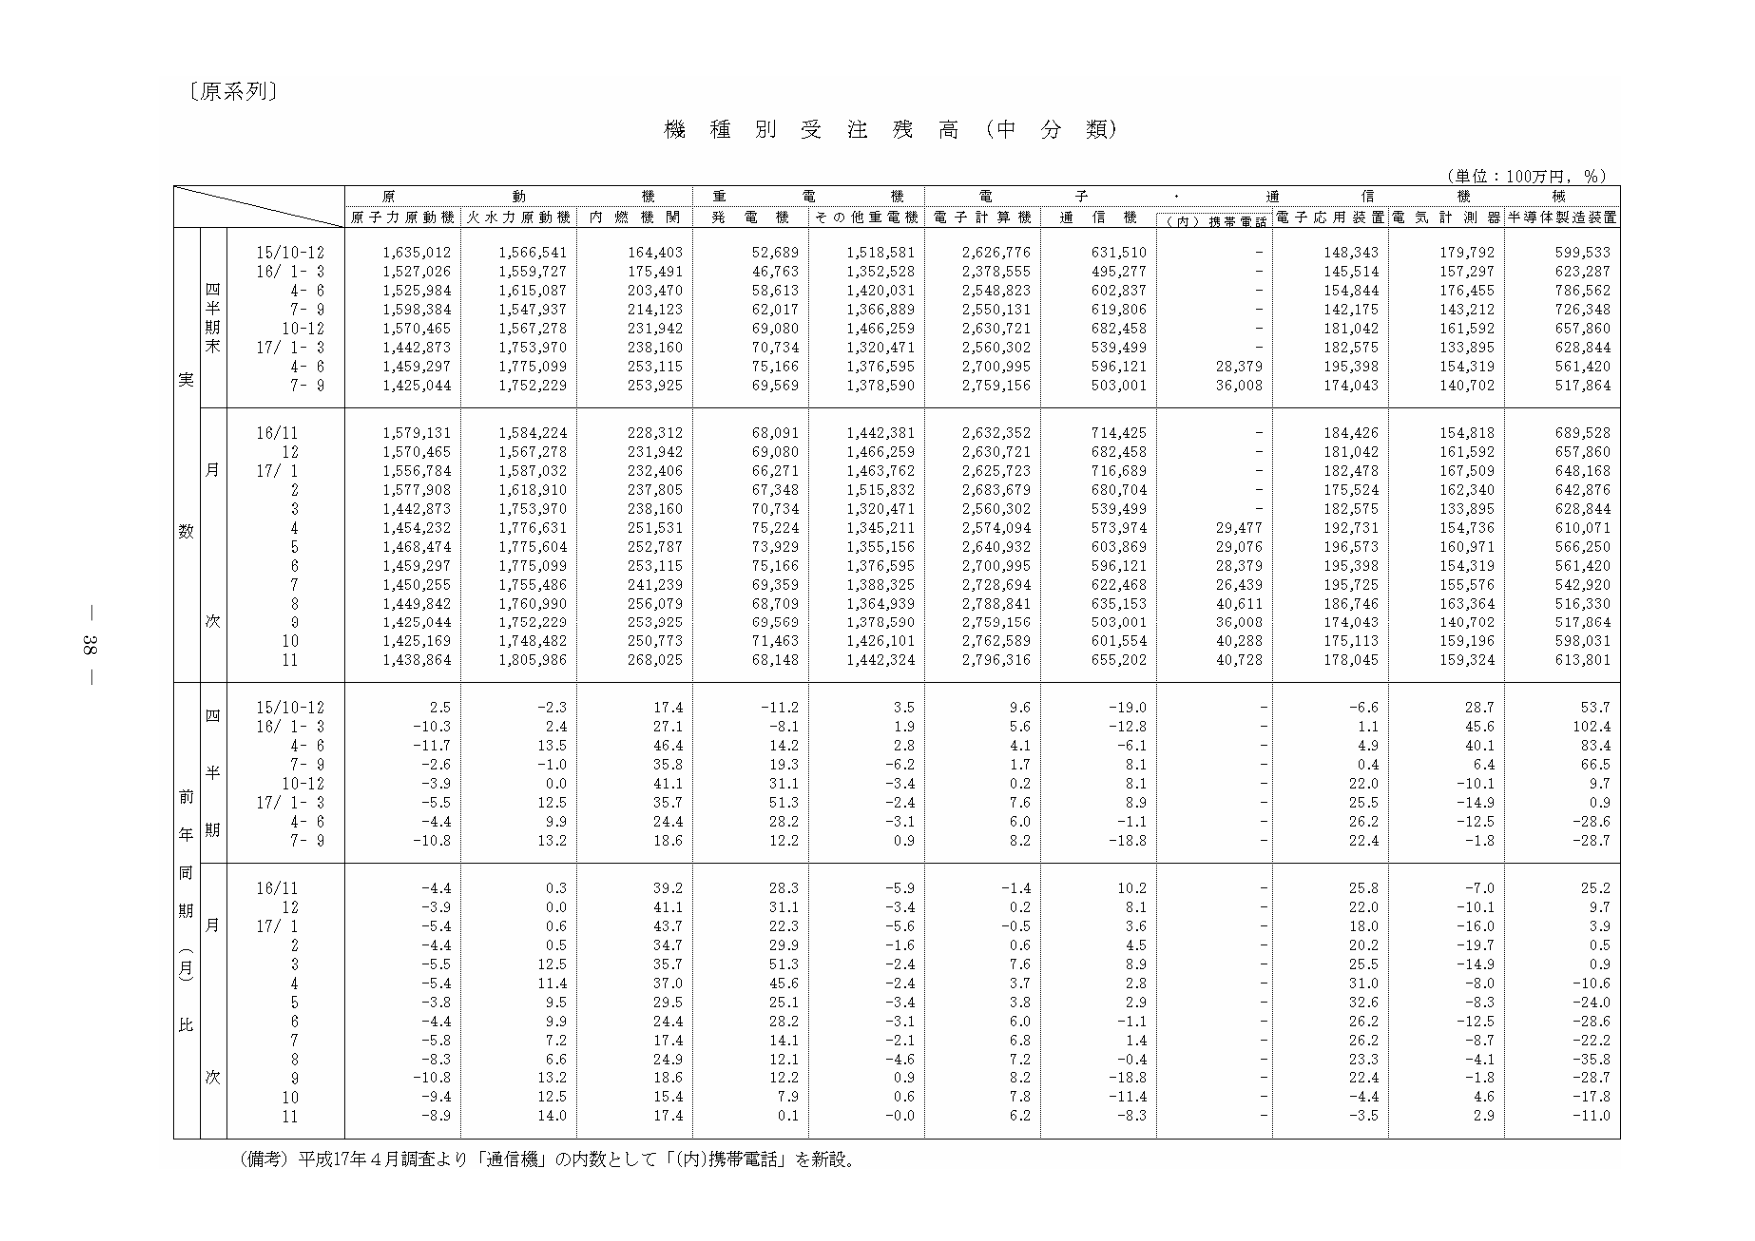
〔原系列〕

機種別受注残高（中分類）

（単位：100万円，％）

原動機　重電機　電子　通信機　機械
原子力原動機　火力力原動機　内燃機関　残電機　その他重電機　電子計算機　通信機　（内）携帯電話　電子応用装置　電気計測器　半導体製造装置

四半期末
実数
15/10-12　1,635,012　1,566,541　164,403　52,689　1,518,581　2,626,776　631,510　-　148,343　179,792　599,533
16/ 1- 3　1,527,026　1,559,727　175,491　46,763　1,352,528　2,378,555　495,277　-　145,514　157,297　623,287
　4- 6　1,525,984　1,615,087　203,470　58,613　1,420,031　2,548,823　602,837　-　154,844　176,455　786,562
　7- 9　1,598,384　1,547,937　214,123　62,017　1,366,889　2,550,131　619,806　-　142,175　143,212　726,348
　10-12　1,570,465　1,567,278　231,942　69,080　1,466,259　2,630,721　682,458　-　181,042　161,592　657,860
17/ 1- 3　1,442,873　1,753,970　238,160　70,734　1,320,471　2,560,302　539,499　-　182,575　133,895　628,844
　4- 6　1,459,297　1,775,099　253,115　75,166　1,376,595　2,700,995　596,121　28,379　195,398　154,319　561,420
　7- 9　1,425,044　1,752,229　253,925　69,569　1,378,590　2,759,156　503,001　36,008　174,043　140,702　517,864

月次
16/11　1,579,131　1,584,224　228,312　68,091　1,442,381　2,632,352　714,425　-　184,426　154,818　689,528
　12　1,570,465　1,567,278　231,942　69,080　1,466,259　2,630,721　682,458　-　181,042　161,592　657,860
17/ 1　1,556,784　1,587,032　232,406　66,271　1,463,762　2,625,723　716,689　-　182,478　167,509　648,168
　2　1,577,908　1,618,910　237,805　67,348　1,515,832　2,683,679　680,704　-　175,524　162,340　642,876
　3　1,442,873　1,753,970　238,160　70,734　1,320,471　2,560,302　539,499　-　182,575　133,895　628,844
　4　1,454,232　1,776,631　251,531　75,224　1,345,211　2,574,094　573,974　29,477　192,731　154,736　610,071
　5　1,468,474　1,775,604　252,787　73,929　1,355,156　2,640,932　603,869　29,076　196,573　160,971　566,250
　6　1,459,297　1,775,099　253,115　75,166　1,376,595　2,700,995　596,121　28,379　195,398　154,319　561,420
　7　1,450,255　1,755,486　241,239　69,359　1,388,325　2,728,694　622,468　26,439　195,725　155,576　542,920
　8　1,449,842　1,760,990　256,079　68,709　1,364,939　2,788,841　635,153　40,611　186,746　163,364　516,330
　9　1,425,044　1,752,229　253,925　69,569　1,378,590　2,759,156　503,001　36,008　174,043　140,702　517,864
　10　1,425,169　1,748,482　250,773　71,463　1,426,101　2,762,589　601,554　40,288　175,113　159,196　598,031
　11　1,438,864　1,805,986　268,025　68,148　1,442,324　2,796,316　655,202　40,728　178,045　159,324　613,801

四半期前年同期比（％）
15/10-12　2.5　-2.3　17.4　-11.2　3.5　9.6　-19.0　-　-6.6　28.7　53.7
16/ 1- 3　-10.3　2.4　27.1　-8.1　1.9　5.6　-12.8　-　1.1　45.6　102.4
　4- 6　-11.7　13.5　46.4　14.2　2.8　4.1　-6.1　-　4.9　40.1　83.4
　7- 9　-2.6　-1.0　35.8　19.3　-6.2　1.7　8.1　-　0.4　6.4　66.5
　10-12　-3.9　0.0　41.1　31.1　-3.4　0.2　8.1　-　22.0　-10.1　9.7
17/ 1- 3　-5.5　12.5　35.7　51.3　-2.4　7.6　8.9　-　25.5　-14.9　0.9
　4- 6　-4.4　9.9　24.4　28.2　-3.1　6.0　-1.1　-　26.2　-12.5　-28.6
　7- 9　-10.8　13.2　18.6　12.2　0.9　8.2　-18.8　-　22.4　-1.8　-28.7

月次
16/11　-4.4　0.3　39.2　28.3　-5.9　-1.4　10.2　-　25.8　-7.0　25.2
　12　-3.9　0.0　41.1　31.1　-3.4　0.2　8.1　-　22.0　-10.1　9.7
17/ 1　-5.4　0.6　43.7　22.3　-5.6　-0.5　3.6　-　18.0　-16.0　3.9
　2　-4.4　0.5　34.7　29.9　-1.6　0.6　4.5　-　20.2　-19.7　0.5
　3　-5.5　12.5　35.7　51.3　-2.4　7.6　8.9　-　25.5　-14.9　0.9
　4　-5.4　11.4　37.0　45.6　-2.4　3.7　2.8　-　31.0　-8.0　-10.6
　5　-3.8　9.5　29.5　25.1　-3.4　3.8　2.9　-　32.6　-8.3　-24.0
　6　-4.4　9.9　24.4　28.2　-3.1　6.0　-1.1　-　26.2　-12.5　-28.6
　7　-5.8　7.2　17.4　14.1　-2.1　6.8　1.4　-　26.2　-8.7　-22.2
　8　-8.3　6.6　24.9　12.1　-4.6　7.2　-0.4　-　23.3　-4.1　-35.8
　9　-10.8　13.2　18.6　12.2　0.9　8.2　-18.8　-　22.4　-1.8　-28.7
　10　-9.4　12.5　15.4　7.9　0.6　7.8　-11.4　-　-4.4　4.6　-17.8
　11　-8.9　14.0　17.4　0.1　-0.0　6.2　-8.3　-　-3.5　2.9　-11.0

（備考）平成17年4月調査より「通信機」の内数として「（内）携帯電話」を新設。

38